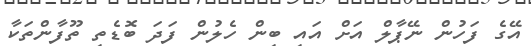
އޭގެ ފަހުން ނޭޕާލް އަށް އައި ބިން ހެލުން ފަދަ ބޮޑެތި ތޫފާންތަކާ